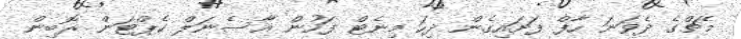
މެޗްގެ ދެވަނަ ހާފް ފަށައިގެން ދިހަ މިނެޓް ފަހުން އާސެނަލް ކެޕްޓަން ރޮބިން